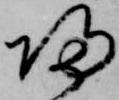
帰